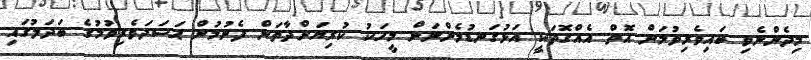
މިދެންނެވި ބައިވެރިވުމަށް އޮތް އެއްގޮތަކީ އަޅުގަނޑުމެންނަށް މީހަކު ކުރިޔަށްދާތަން ފެނުމުން ޙަސަދަވެރިވުމުގެ ބަދަލުގައި